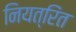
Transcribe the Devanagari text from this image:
नियत्रिंत